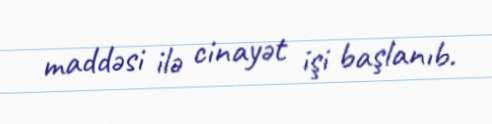
maddəsi ilə cinayət işi başlanıb.